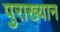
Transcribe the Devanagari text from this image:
पुराख्यान